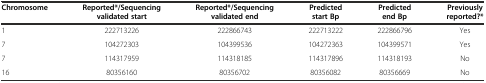
| Chromosome | Reported*/Sequencing validated start | Reported*/Sequencingvalidated end | Predicted start Bp | Predicted end Bp | Previously reported?* |
 | --- | --- | --- | --- | --- | --- |
 | 1 | 222713226 | 222866743 | 222713222 | 222866796 | Yes |
 | 7 | 104272303 | 104399536 | 104272363 | 104399571 | Yes |
 | 7 | 114317959 | 114318185 | 114317896 | 114318193 | No |
 | 16 | 80356160 | 80356702 | 80356082 | 80356669 | No |